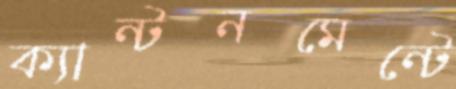
ক্যান্টনমেন্টে